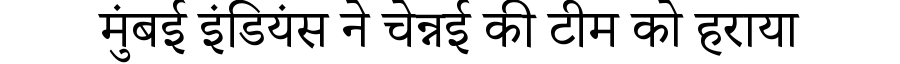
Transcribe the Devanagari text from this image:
मुंबई इंडियंस ने चेन्नई की टीम को हराया